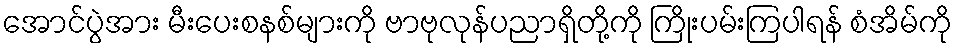
အောင်ပွဲအား မီးပေးစနစ်များကို ဗာဗုလုန်ပညာရှိတို့ကို ကြိုးပမ်းကြပါရန် စံအိမ်ကို